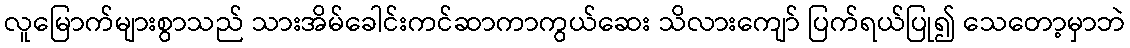
လူမြောက်များစွာသည် သားအိမ်ခေါင်းကင်ဆာကာကွယ်ဆေး သိလားကျော် ပြက်ရယ်ပြု၍ သေတော့မှာဘဲ